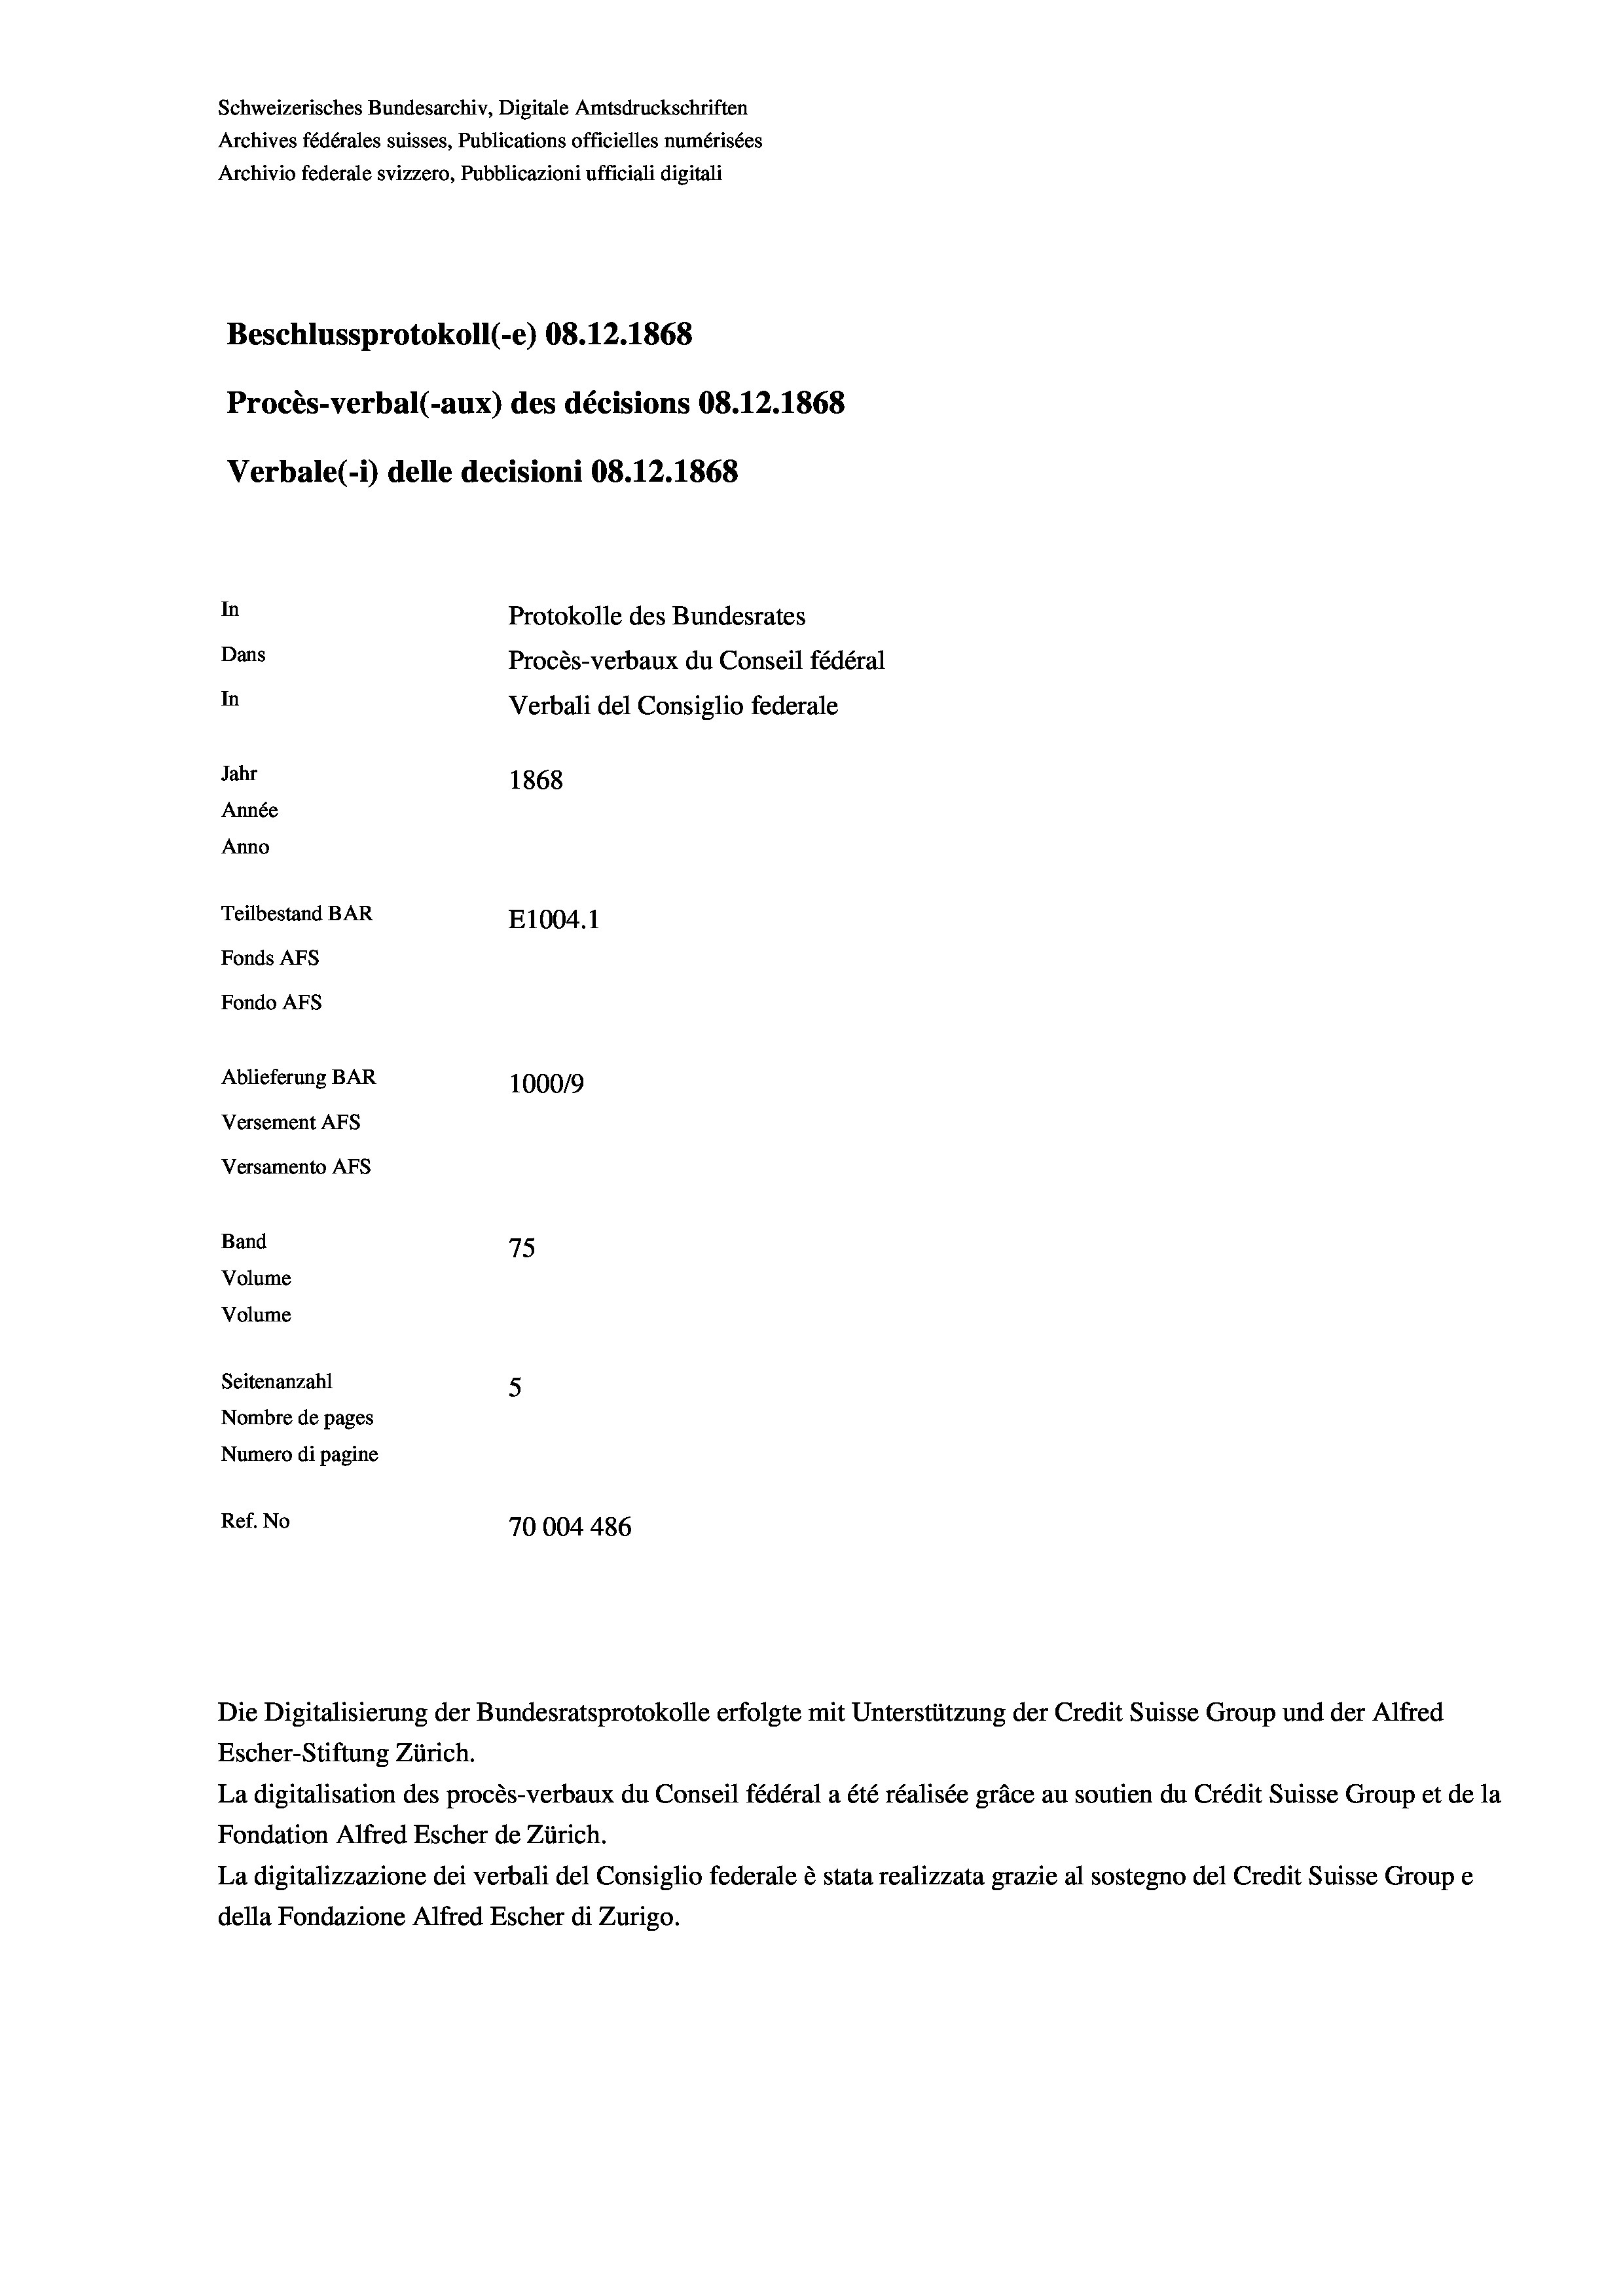
Schweizerisches Bundesarchiv, Digitale Amtsdruckschriften
Archives fédérales suisses, Publications officielles numérisées
Archivio federale svizzero, Pubblicazioni ufficiali digitali
Beschlussprotokoll (-e) 08.12.1868
Procès-verbal (-aux) des décisions 08.12.1868
Verbale (1) delle decisioni 08.12.1868
In
Protokolle des Bundesrates
Dans
Procès-verbaux du Conseil fédéral
In
Verbali del Consiglio federale
Jahr
1868
Année
Anno
Teilbestand BAR
E1004.1
Fonds Afs
Fondo AFs
Ablieferung BAR
1000/9
Versement AFS
Versamento Afs
Band
75

Volume
Volume
Seitenanzahl
5
Nombre de pages
Numero di pagine
Ref. No
70004486

Die Digitalisierung der Bundesratsprotokolle erfolgte mit Unterstützung der Credit Suisse Group und der Alfred
Escher-Stiftung Zürich.
La digitalisation des procès-verbaux du Conseil fédéral a été réalisée gräce au soutien du Crédit Suisse Group et de la
Fondation Alfred Escher de Zürich.
La digitalizzazione dei verbali del Consiglio federale è stata realizzata grazie al sostegno del Credit Suisse Groupe
della Fondazione Alfred Escher di Zurigo.